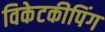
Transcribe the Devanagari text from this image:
विकेटकीपिंग